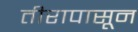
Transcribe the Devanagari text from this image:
तीरापासून